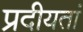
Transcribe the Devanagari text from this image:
प्रदीयतां